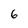
Character: 6